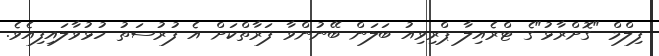
ފިލްމް "ގޮށްރާޅު"ގެ ޓްރެއިލާ ޕްރިވިއު ބަލަން ބޭނުންވާ ފަރާތްކަށް އެ ފުރުސަތު ހުޅުވާލައިފިއެވެ.